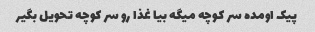
پیک اومده سر کوچه میگه بیا غذا رو سر کوچه تحویل بگیر